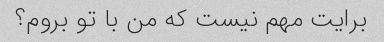
برایت مهم نیست که من با تو بروم؟